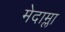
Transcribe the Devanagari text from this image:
मेदाम्ला